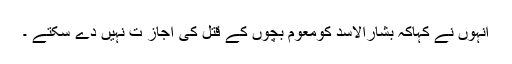
انہوں نے کہاکہ بشارالاسد کومعوم بچوں کے قتل کی اجاز ت نہیں دے سکتے ۔